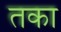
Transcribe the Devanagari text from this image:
तका